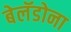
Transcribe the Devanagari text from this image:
बेलॅडोना